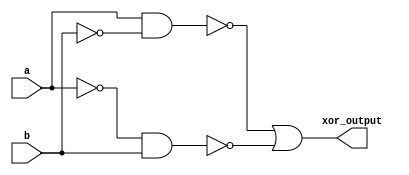
module xor_gate (
    input a,
    input b,
    output xor_output
);

wire a_bar, b_bar;

assign a_bar = ~a;
assign b_bar = ~b;

assign xor_output = ~(a & b_bar) | ~(a_bar & b);

endmodule